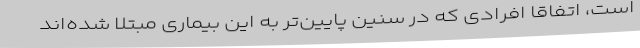
است، اتفاقاً افرادی که در سنین پایین‌تر به این بیماری مبتلا شده‌اند